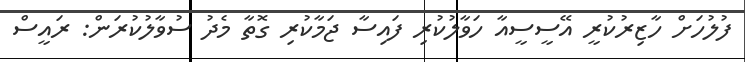
ފުލުހަށް ހާޒިރުކުރީ އޭސީސީއާ ހަވާލުކުރި ފައިސާ ޖަމާކުރި ގޮތާ މެދު ސުވާލުކުރަން: ރައީސް